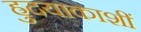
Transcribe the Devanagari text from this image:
ह्रुदयाकाशीं